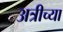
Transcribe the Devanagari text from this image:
अत्रीच्या